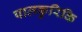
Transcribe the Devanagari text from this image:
पालकुरिकि